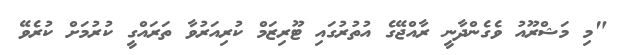
"މި މަޝްރޫއު ވެގެންދާނީ ރާއްޖޭގެ އުތުރުގައި ޓޫރިޒަމް ކުރިއަރުވާ ތަރައްގީ ކުރުމަށް ކުރެވޭ